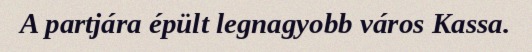
A partjára épült legnagyobb város Kassa.